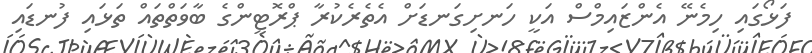
ފަޅޯގައި ހިމެނޭ އެންޒައިމްސް އަކީ ހަނށިގަނޑަށް އެތެރެކުރާ ޕްރޮޓީންގެ ބާވަތްތައް ތަޅައި ފުނޑައި